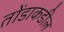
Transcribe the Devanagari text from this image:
तोंडाकडील